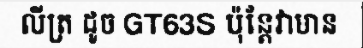
លីត្រ ដូច GT63S ប៉ុន្តែវាមាន